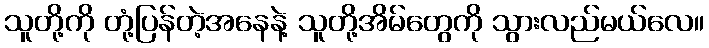
သူတို့ကို တုံ့ပြန်တဲ့အနေနဲ့ သူတို့အိမ်တွေကို သွားလည်မယ်လေ။